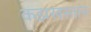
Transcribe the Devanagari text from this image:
कझखस्तान